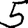
Digit: 5